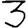
Digit: 3